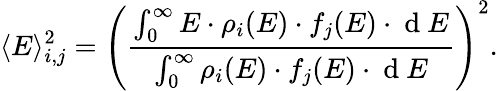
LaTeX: \langle E\rangle_{i,j}^{2}=\left(\frac{\int_{0}^{\infty}E\cdot\rho_{i}(E)\cdot f_{j}(E)\cdot\mathrm{~d~}E}{\int_{0}^{\infty}\rho_{i}(E)\cdot f_{j}(E)\cdot\mathrm{~d~}E}\right)^{2}.